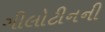
ગીલોટીનની